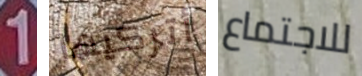
1 أتركيها للاجتماع